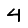
Digit: 4